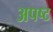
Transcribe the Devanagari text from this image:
अपष्ट